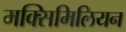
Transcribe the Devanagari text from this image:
मक्सिमिलियन